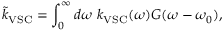
\tilde { k } _ { \mathrm { V S C } } = \int _ { 0 } ^ { \infty } d \omega ~ k _ { \mathrm { V S C } } ( \omega ) G ( \omega - \omega _ { 0 } ) ,